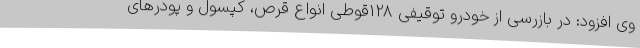
وی افزود: در بازرسی از خودرو توقیفی 128قوطی انواع قرص، کپسول و پودرهای